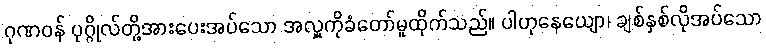
ဂုဏဝန် ပုဂ္ဂိုလ်တို့အားပေးအပ်သော အလှူကိုခံတော်မူထိုက်သည်။ ပါဟုနေယျော၊ ချစ်နှစ်လိုအပ်သော